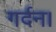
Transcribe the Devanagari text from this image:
गर्दन।